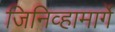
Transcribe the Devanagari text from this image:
जिनिव्हामार्गे